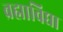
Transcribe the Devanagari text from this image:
ब्रह्माविद्या